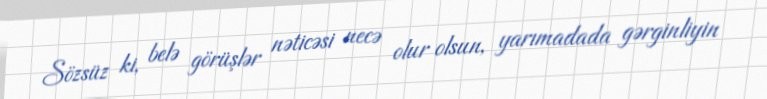
Sözsüz ki, belə görüşlər nəticəsi necə olur olsun, yarımadada gərginliyin